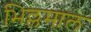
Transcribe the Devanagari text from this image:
भिल्लमाल